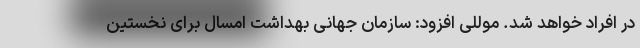
در افراد خواهد شد. موللی افزود: سازمان جهانی بهداشت امسال برای نخستین